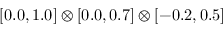
[ 0 . 0 , 1 . 0 ] \otimes [ 0 . 0 , 0 . 7 ] \otimes [ - 0 . 2 , 0 . 5 ]